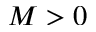
M > 0